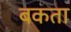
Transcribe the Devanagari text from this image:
बकता